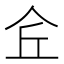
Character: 𠇯